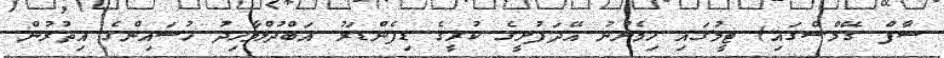
ސާފް ގޭމްސްގައި) ޓީމުގައި ހިމެނުނު އޭދަފުށީގެ ކުރީގެ ޑިފެންޑަރު އަބްދުލްވާހިދު ހުސައިންގެ އިތުރުން